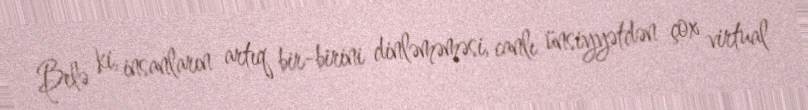
Belə ki, insanların artıq bir-birini dinləməməsi, canlı ünsiyyətdən çox virtual